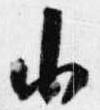
小